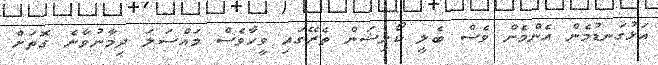
އަޅުގަނޑުމެން އެންމެން ވެސް ބެލީ ކޯލިޝަން ތެރޭގައި ވީހާވެސް މައްސަލަ ދިމާނުވާނެ ގޮތަށް